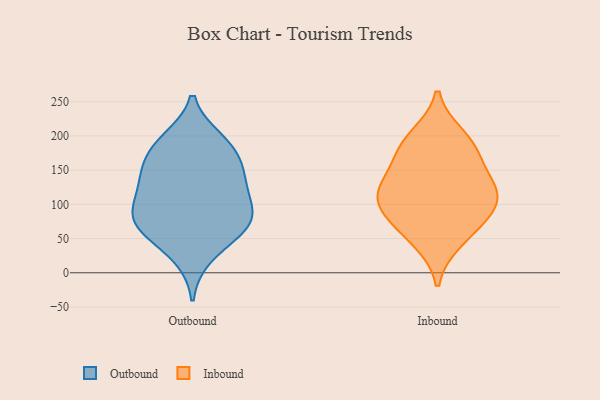
{"axis": {"x": "Net Income (USD K)", "y": "Value"}, "legend": ["Inbound", "Outbound"], "data": [{"x": "", "y": 71, "type": "Outbound"}, {"x": "", "y": 132, "type": "Outbound"}, {"x": "", "y": 25, "type": "Outbound"}, {"x": "", "y": 183, "type": "Outbound"}, {"x": "", "y": 73, "type": "Outbound"}, {"x": "", "y": 151, "type": "Outbound"}, {"x": "", "y": 123, "type": "Outbound"}, {"x": "", "y": 146, "type": "Outbound"}, {"x": "", "y": 63, "type": "Outbound"}, {"x": "", "y": 91, "type": "Outbound"}, {"x": "", "y": 69, "type": "Outbound"}, {"x": "", "y": 193, "type": "Outbound"}, {"x": "", "y": 184, "type": "Outbound"}, {"x": "", "y": 97, "type": "Outbound"}, {"x": "", "y": 182, "type": "Inbound"}, {"x": "", "y": 98, "type": "Inbound"}, {"x": "", "y": 172, "type": "Inbound"}, {"x": "", "y": 70, "type": "Inbound"}, {"x": "", "y": 123, "type": "Inbound"}, {"x": "", "y": 127, "type": "Inbound"}, {"x": "", "y": 199, "type": "Inbound"}, {"x": "", "y": 122, "type": "Inbound"}, {"x": "", "y": 92, "type": "Inbound"}, {"x": "", "y": 47, "type": "Inbound"}]}